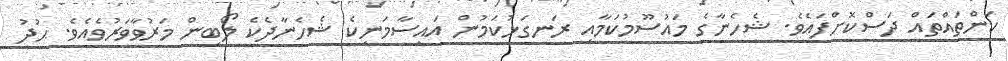
ކަންތައްތައް ދަސްކޮށްފައެވެ. ޝެހެނާގެ މައުސޫމުކަމާއި ރަނގަޅުކަމުން އައިސާމަނިކެ ޝެހެނާދެކެ ލޯބިން މަރުވާވަރުވެއެވެ. ޙުދު